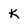
Character: k